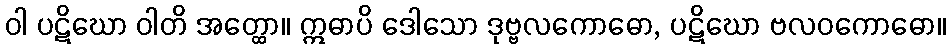
ဝါ ပဋိဃော ဝါတိ အတ္ထော။ ဣဓာပိ ဒေါသော ဒုဗ္ဗလကောဓော, ပဋိဃော ဗလဝကောဓော။